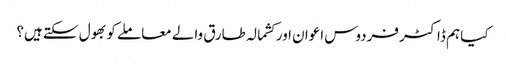
کیا ہم ڈاکٹر فردوس اعوان اور کشمالہ طارق والے معاملے کو بھول سکتے ہیں؟